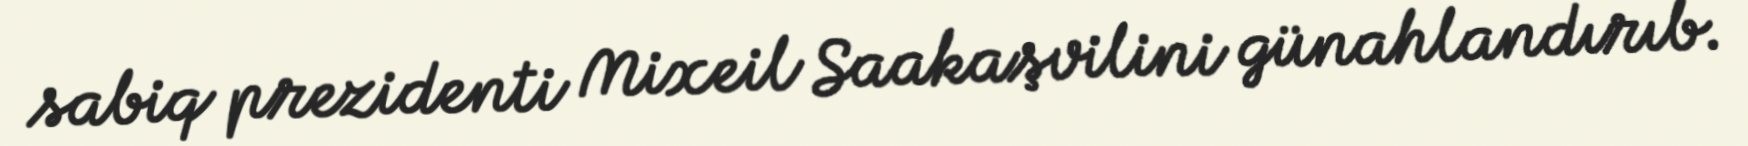
sabiq prezidenti Mixeil Saakaşvilini günahlandırıb.